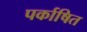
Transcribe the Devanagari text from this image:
पर्काषित